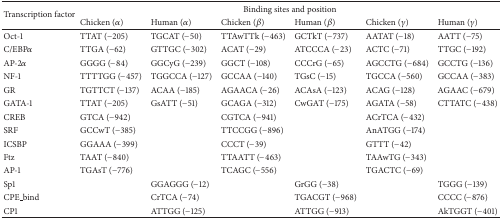
<table><thead><tr><td rowspan="2"><b>Transcription factor</b></td><td colspan="6"><b>Binding sites and position</b></td></tr><tr><td><b>Chicken (<i>α</i>)</b></td><td><b>Human (<i>α</i>)</b></td><td><b>Chicken (<i>β</i>)</b></td><td><b>Human (<i>β</i>)</b></td><td><b>Chicken (<i>γ</i>)</b></td><td><b>Human (<i>γ</i>)</b></td></tr></thead><tbody><tr><td>Oct-1</td><td>TTAT (−205)</td><td>TGCAT (−50)</td><td>TTAwTTk (−463)</td><td>GCTkT (−737)</td><td>AATAT (−18)</td><td>AATT (−75)</td></tr><tr><td>C/EBP<i>α</i></td><td>TTGA (−62)</td><td>GTTGC (−302)</td><td>ACAT (−29)</td><td>ATCCCA (−23)</td><td>ACTC (−71)</td><td>TTGC (−192)</td></tr><tr><td>AP-2<i>α</i></td><td>GGGG (−84)</td><td>GGCyG (−239)</td><td>GGCT (−108)</td><td>CCCrG (−65)</td><td>AGCCTG (−684)</td><td>GCCTG (−136)</td></tr><tr><td>NF-1</td><td>TTTTGG (−457)</td><td>TGGCCA (−127)</td><td>GCCAA (−140)</td><td>TGsC (−15)</td><td>TGCCA (−560)</td><td>GCCAA (−383)</td></tr><tr><td>GR</td><td>TGTTCT (−137)</td><td>ACAA (−185)</td><td>AGAACA (−26)</td><td>ACAsA (−123)</td><td>ACAG (−128)</td><td>AGAAC (−679)</td></tr><tr><td>GATA-1</td><td>TTAT (−205)</td><td>GsATT (−51)</td><td>GCAGA (−312)</td><td>CwGAT (−175)</td><td>AGATA (−58)</td><td>CTTATC (−438)</td></tr><tr><td>CREB</td><td>GTCA (−942)</td><td></td><td>CGTCA (−941)</td><td></td><td>ACrTCA (−432)</td><td></td></tr><tr><td>SRF</td><td>GCCwT (−385)</td><td></td><td>TTCCGG (−896)</td><td></td><td>AnATGG (−174)</td><td></td></tr><tr><td>ICSBP</td><td>GGAAA (−399)</td><td></td><td>CCCT (−39)</td><td></td><td>GTTT (−42)</td><td></td></tr><tr><td>Ftz</td><td>TAAT (−840)</td><td></td><td>TTAATT (−463)</td><td></td><td>TAAwTG (−343)</td><td></td></tr><tr><td>AP-1</td><td>TGAsT (−776)</td><td></td><td>TCAGC (−556)</td><td></td><td>TGACTC (−69)</td><td></td></tr><tr><td>Sp1</td><td></td><td>GGAGGG (−12)</td><td></td><td>GrGG (−38)</td><td></td><td>TGGG (−139)</td></tr><tr><td>CPE_bind</td><td></td><td>CrTCA (−74)</td><td></td><td>TGACGT (−968)</td><td></td><td>CCCC (−876)</td></tr><tr><td>CP1</td><td></td><td>ATTGG (−125)</td><td></td><td>ATTGG (−913)</td><td></td><td>AkTGGT (−401)</td></tr></tbody></table>